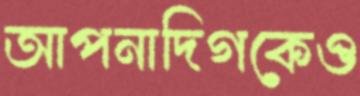
আপনাদিগকেও